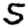
Digit: 5